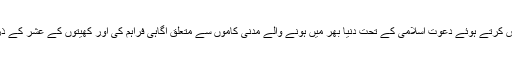
اطراف کابینہ ذمہ دار نے شرکا کو نیکی کی دعوت پیش کرتے ہوئے دعوتِ اسلامی کے تحت دنیا بھر میں ہونے والے مدنی کاموں سے متعلق آگاہی فراہم کی اور کھیتوں کے عشر کے ذریعے دعوتِ اسلامی کے ساتھ تعاون کرنے کا ذہن دیا۔